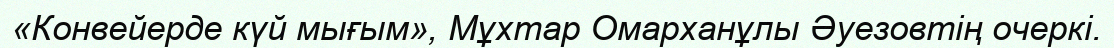
«Конвейерде күй мығым», Мұхтар Омарханұлы Әуезовтің очеркі.